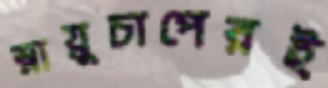
স্নায়ুচাপেরই